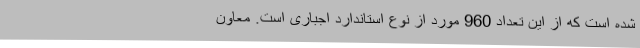
شده است که از این تعداد 960 مورد از نوع استاندارد اجباری است. معاون